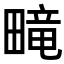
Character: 𬏑